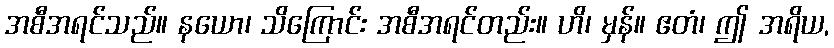
အစီအရင်သည်။ နယော၊ သိကြောင်း အစီအရင်တည်း။ ဟိ၊ မှန်။ ဧတံ၊ ဤ အရိယ,